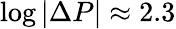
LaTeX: \log|\Delta P|\approx 2.3